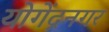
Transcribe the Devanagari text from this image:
योगेंद्रनगर